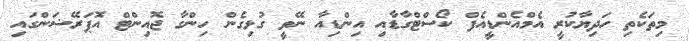
މިތަކެތި ހަދިޔާކުރީ އެމްއެންޑީއެފް ކޯސްޓްގާޑާއި އިންޑިއާ ނޭވީ ގުޅިގެން ހިންގާ ޖޮއިންޓް އޮޕަރޭޝަންގައި